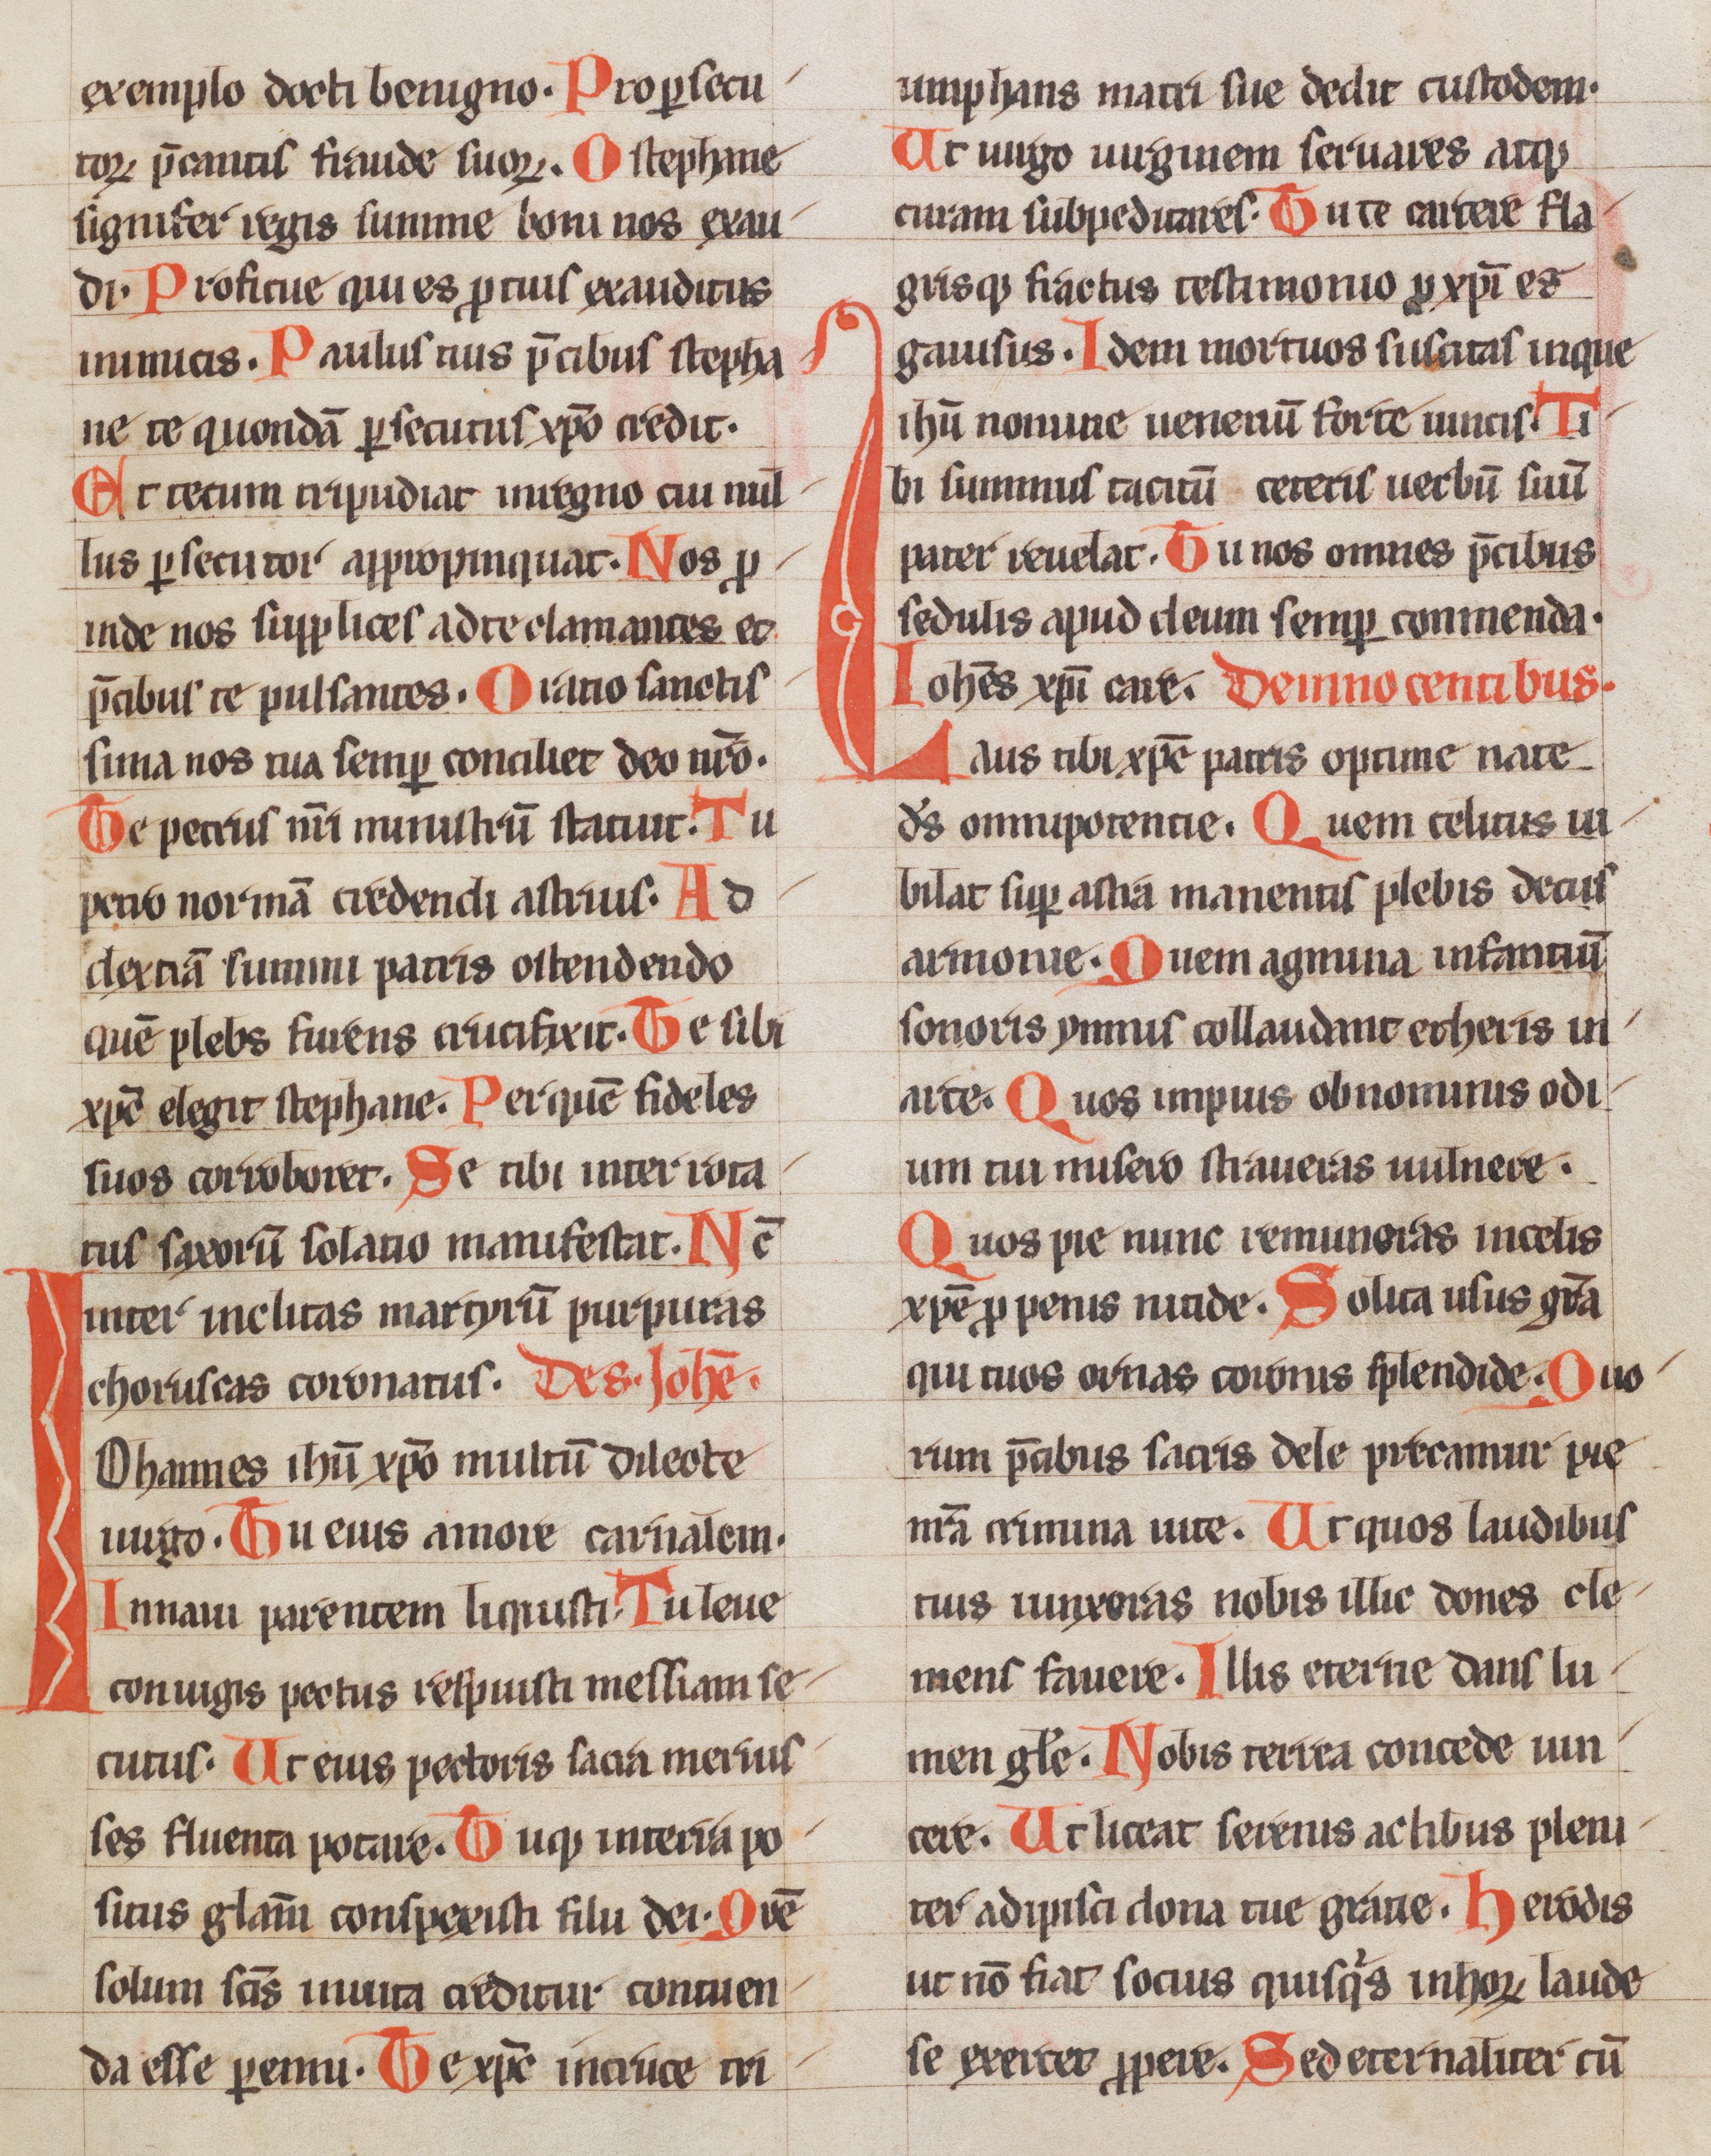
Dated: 1250–1299